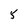
Character: 5